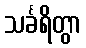
သင်္ခရိတွာ